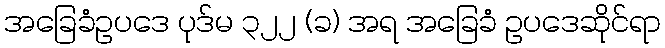
အခြေခံဥပဒေ ပုဒ်မ ၃၂၂ (ခ) အရ အခြေခံ ဥပဒေဆိုင်ရာ